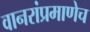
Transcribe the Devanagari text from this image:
वानरांप्रमाणेच